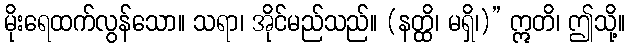
မိုးရေထက်လွန်သော။ သရာ၊ အိုင်မည်သည်။ (နတ္ထိ၊ မရှိ၊)” ဣတိ၊ ဤသို့။